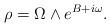
LaTeX: \begin{align*}\rho = \Omega\wedge e^{B+ i \omega}.\end{align*}